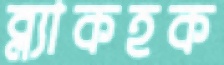
ব্ল্যাকহক